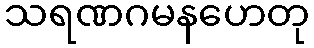
သရဏဂမနဟေတု